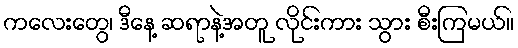
ကလေးတွေ၊ ဒီနေ့ ဆရာနဲ့အတူ လိုင်းကား သွား စီးကြမယ်။